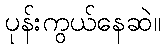
ပုန်းကွယ်နေဆဲ။